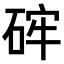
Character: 𥒪